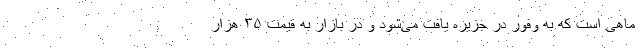
ماهی است که به وفور در جزیره یافت می‌شود و در بازار به قیمت ۳۵ هزار